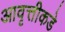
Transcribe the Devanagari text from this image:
आवृत्तीकडे